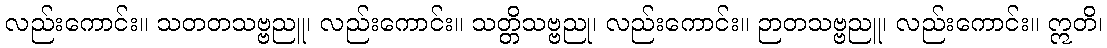
လည်းကောင်း။ သတတသဗ္ဗညူ၊ လည်းကောင်း။ သတ္တိသဗ္ဗညု၊ လည်းကောင်း။ ဉာတသဗ္ဗညူ၊ လည်းကောင်း။ ဣတိ၊